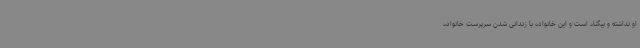
او نداشته و بیگناه است و این خانواده با زندانی شدن سرپرست خانواده